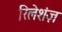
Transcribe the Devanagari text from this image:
रिलेशंज़